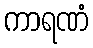
ကာရဏံ